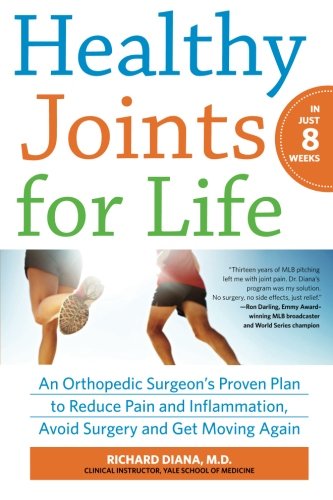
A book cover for Healthy Joints for Life: An Orthopedic Surgeon's Proven Plan to Reduce Pain and Inflammation, Avoid Surgery and Get Moving Again; Richard Diana; Health, Fitness & Dieting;